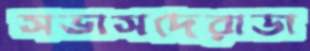
সভাসদেরাডা